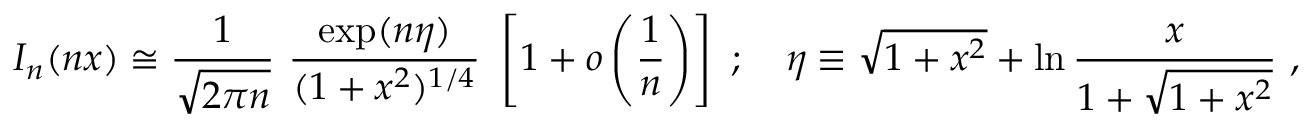
I _ { n } ( n x ) \cong \frac { 1 } { \sqrt { 2 \pi n } } ~ \frac { \exp ( n \eta ) } { ( 1 + x ^ { 2 } ) ^ { 1 / 4 } } ~ \left[ 1 + o \left( \frac { 1 } { n } \right) \right] ~ ; ~ ~ ~ \eta \equiv \sqrt { 1 + x ^ { 2 } } + \ln \frac { x } { 1 + \sqrt { 1 + x ^ { 2 } } } ~ ,